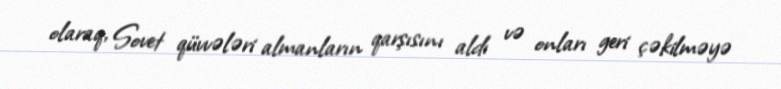
olaraq, Sovet qüvvələri almanların qarşısını aldı və onları geri çəkilməyə